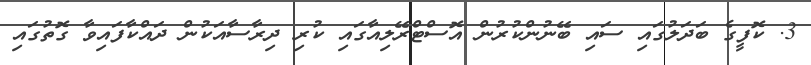
3. ކޮފީގެ ބަދަލުގައި ސައި ބޭނުންކުރުން އޮސްޓްރޭލިއާގައި ކުރި ދިރާސާއަކުން ދައްކާފައިވާ ގޮތުގައި